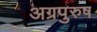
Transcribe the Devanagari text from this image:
अग्रपुरुष